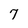
Character: 7